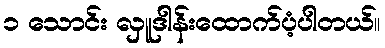
၁ သောင်း လှူဒါန်းထောက်ပံ့ပါတယ်။